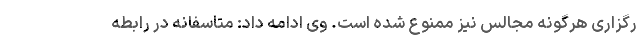
رگزاری هرگونه مجالس نیز ممنوع شده است. وی ادامه داد: متاسفانه در رابطه